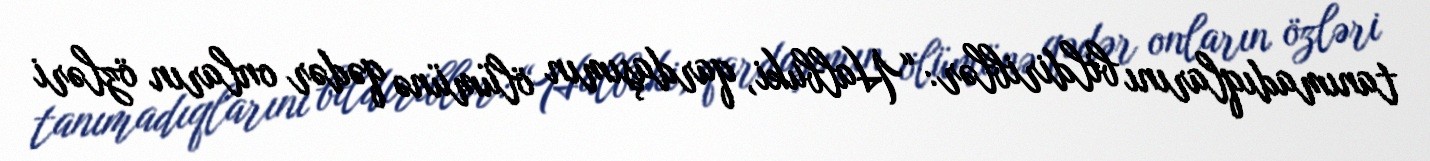
tanımadıqlarını bildiriblər: “Halbuki, qardaşımın ölümünə qədər onların özləri